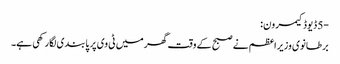
-5 ڈیوڈ کیمرون:
برطانوی وزیراعظم نے صبح کے وقت گھر میں ٹی وی پر پابندی لگارکھی ہے۔